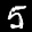
Digit: 5